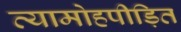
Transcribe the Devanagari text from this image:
व्यामोहपीड़ित